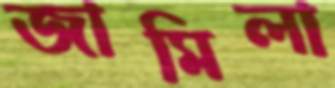
জামিলা